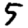
Digit: 5